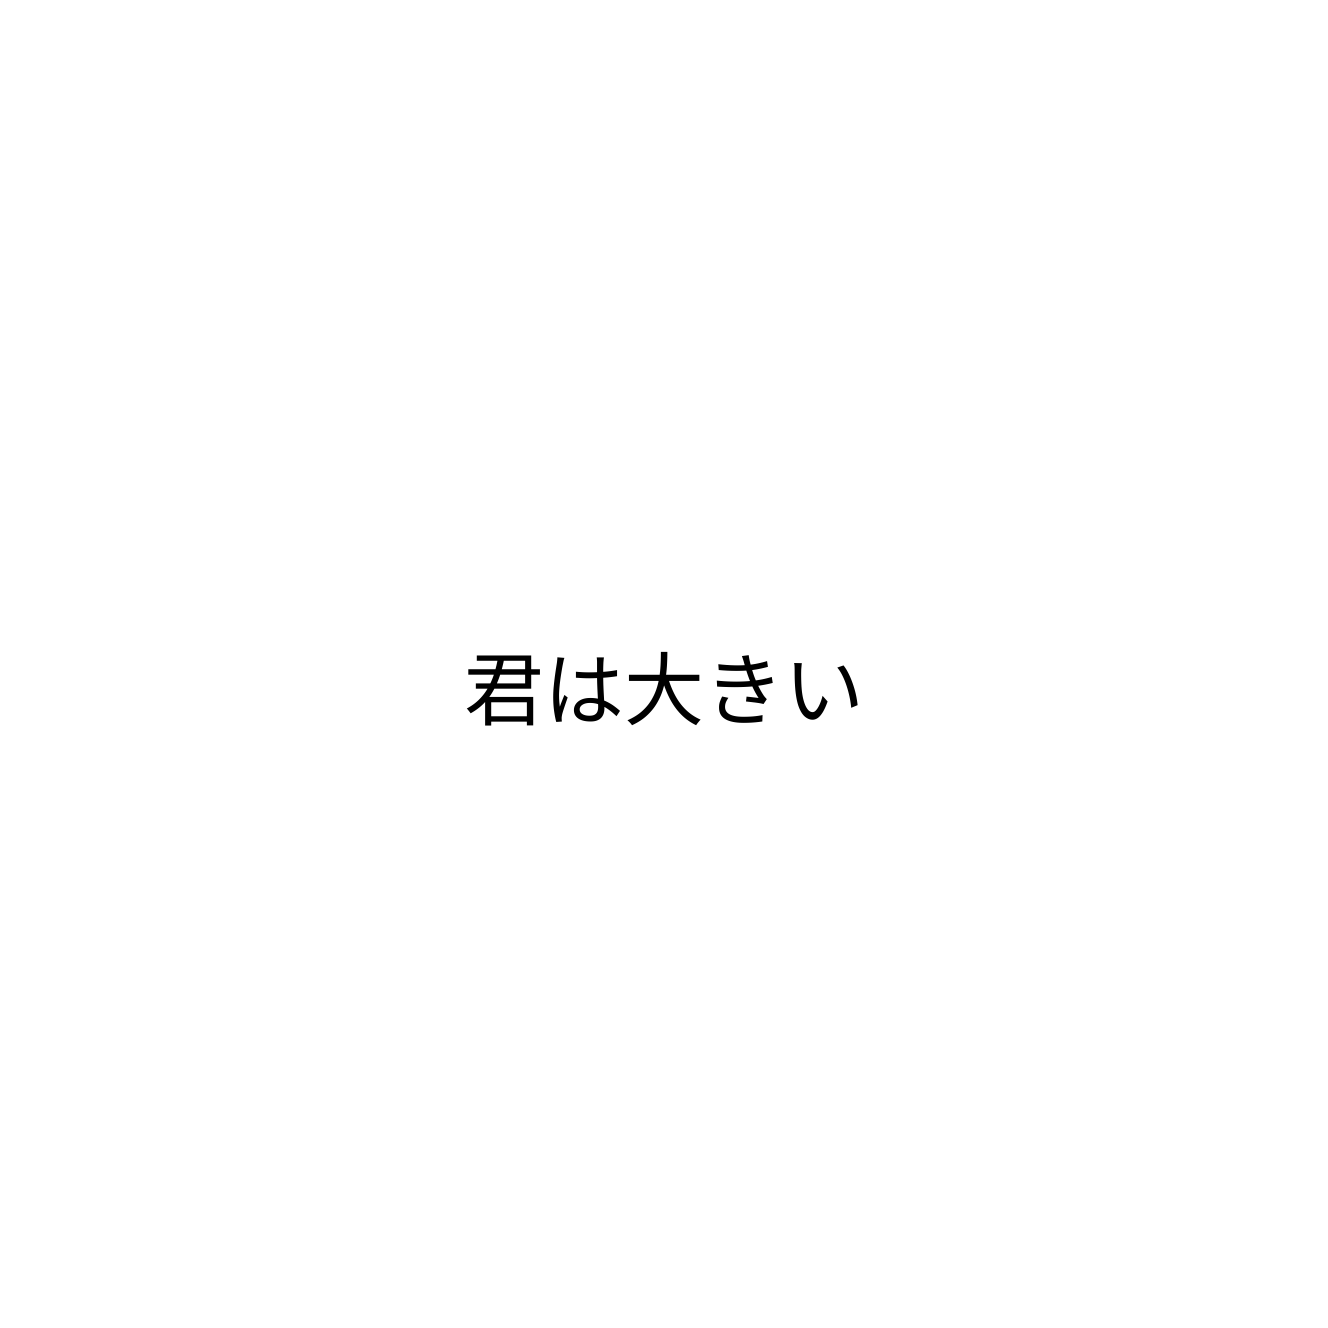
君は大きい